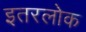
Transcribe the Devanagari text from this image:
इतरलोक